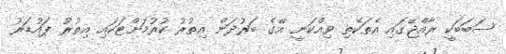
ސަބަބަކީ ރާއްޖޭގައި އެތަކެތި ވިއްކަނީ އޭގެ ބަރުދަން އިތުރު ކުރުމަށްޓަކައި އިތުރު ޕައުޑަރު